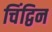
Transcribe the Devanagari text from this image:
चिंद्विन